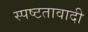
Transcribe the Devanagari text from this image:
स्पष्टतावादी